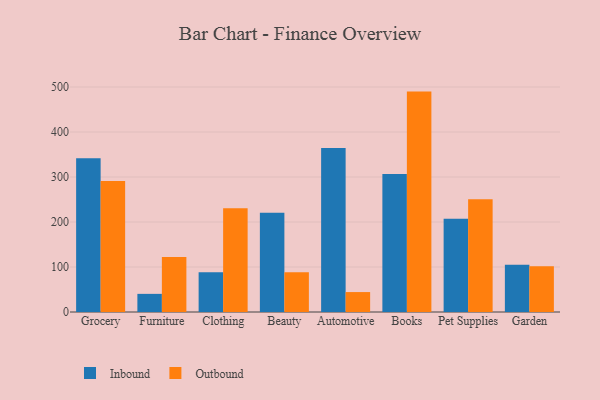
{"axis": {"x": "Category", "y": "Website Visitors"}, "legend": ["Inbound", "Outbound"], "data": [{"x": "Grocery", "y": 341.6, "type": "Inbound"}, {"x": "Grocery", "y": 291.2, "type": "Outbound"}, {"x": "Furniture", "y": 40.3, "type": "Inbound"}, {"x": "Furniture", "y": 122.3, "type": "Outbound"}, {"x": "Clothing", "y": 88.3, "type": "Inbound"}, {"x": "Clothing", "y": 230.5, "type": "Outbound"}, {"x": "Beauty", "y": 220.5, "type": "Inbound"}, {"x": "Beauty", "y": 88.3, "type": "Outbound"}, {"x": "Automotive", "y": 364.5, "type": "Inbound"}, {"x": "Automotive", "y": 44.3, "type": "Outbound"}, {"x": "Books", "y": 306.7, "type": "Inbound"}, {"x": "Books", "y": 489.8, "type": "Outbound"}, {"x": "Pet Supplies", "y": 207.1, "type": "Inbound"}, {"x": "Pet Supplies", "y": 250.6, "type": "Outbound"}, {"x": "Garden", "y": 104.8, "type": "Inbound"}, {"x": "Garden", "y": 101.4, "type": "Outbound"}]}